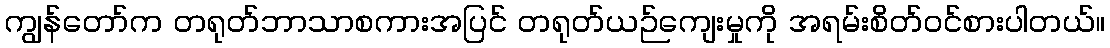
ကျွန်တော်က တရုတ်ဘာသာစကားအပြင် တရုတ်ယဉ်ကျေးမှုကို အရမ်းစိတ်ဝင်စားပါတယ်။